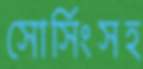
সোর্সিংসহ